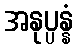
အနုပ္ပန္နံ